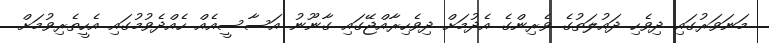
މަނަވަރުގައި ދިވެހި ދައުލަތުގެ ވެރިންގެ އެދުމަށް ދިވެހިރާއްޖޭގައި ގާނޫނު އަސާސީއެއް ހެއްދެވުމުގައި އެހީތެރިވުމަށް